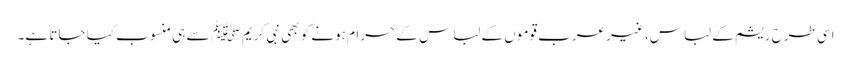
اسی طرح ریشم کے لباس، غیر عرب قوموں کے لباس کے حرام ہونے کو بھی نبی کریمﷺ سے ہی منسوب کیا جاتا ہے۔